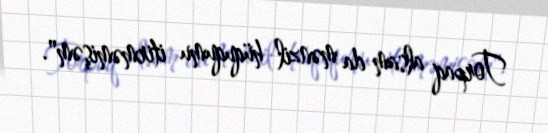
Torpaq alsam da mənzil hüququmu itirməmişəm".